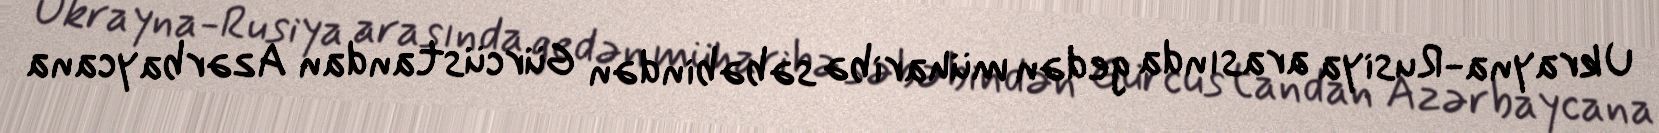
Ukrayna-Rusiya arasında gedən müharibə səbəbindən Gürcüstandan Azərbaycana